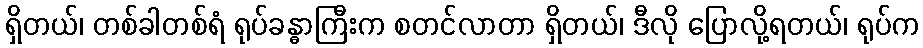
ရှိတယ်၊ တစ်ခါတစ်ရံ ရုပ်ခန္ဓာကြီးက စတင်လာတာ ရှိတယ်၊ ဒီလို ပြောလို့ရတယ်၊ ရုပ်က